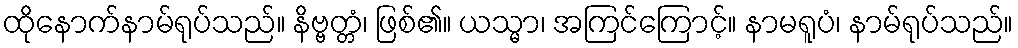
ထိုနောက်နာမ်ရုပ်သည်။ နိဗ္ဗတ္တံ၊ ဖြစ်၏။ ယသ္မာ၊ အကြင်ကြောင့်။ နာမရူပံ၊ နာမ်ရုပ်သည်။